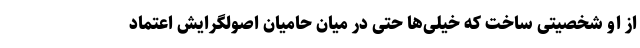
از او شخصیتی ساخت که خیلی‌ها حتی در میان حامیان اصولگرایش اعتماد